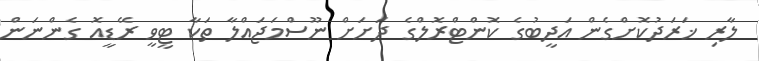
ލާރި ޚަރަދުކޮށްގެން އަދީބުގެ ކޮންޓްރޮލްގެ ދަށަށް ނޫސްމަޖައްލާ ތަކާ ޓީވީ ރޭޑީއޮ ގެންނަން